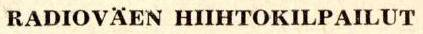
RADIOVÄEN HIIHTOKILPAILUT